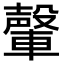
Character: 䡰